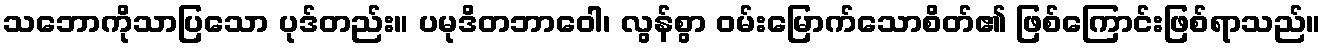
သဘောကိုသာပြသော ပုဒ်တည်း။ ပမုဒိတဘာဝေါ၊ လွန်စွာ ဝမ်းမြောက်သောစိတ်၏ ဖြစ်ကြောင်းဖြစ်ရာသည်။